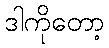
ဒါကိုတော့